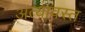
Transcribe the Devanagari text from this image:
अत्यावस्त